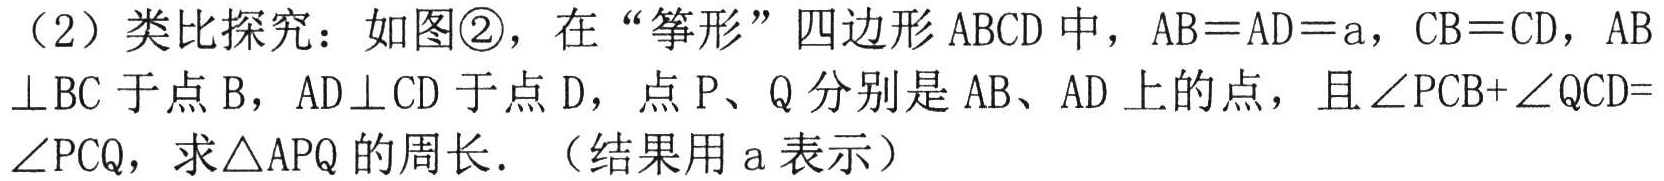
（2）类比探究：如图\textcircled{2}，在“筝形”四边形 \(ABCD\) 中，\(AB = AD = a\)，\(CB = CD\)，\(AB\perp BC\) 于点 \(B\)，\(AD\perp CD\) 于点 \(D\)，点 \(P\)、\(Q\) 分别是 \(AB\)、\(AD\) 上的点，且 \(\angle PCB+\angle QCD = \angle PCQ\)，求 \(\triangle APQ\) 的周长．（结果用 \(a\) 表示）